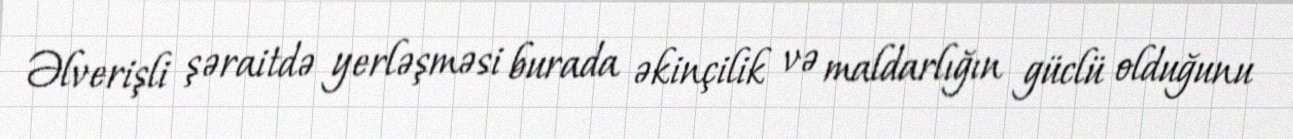
Əlverişli şəraitdə yerləşməsi burada əkinçilik və maldarlığın güclü olduğunu